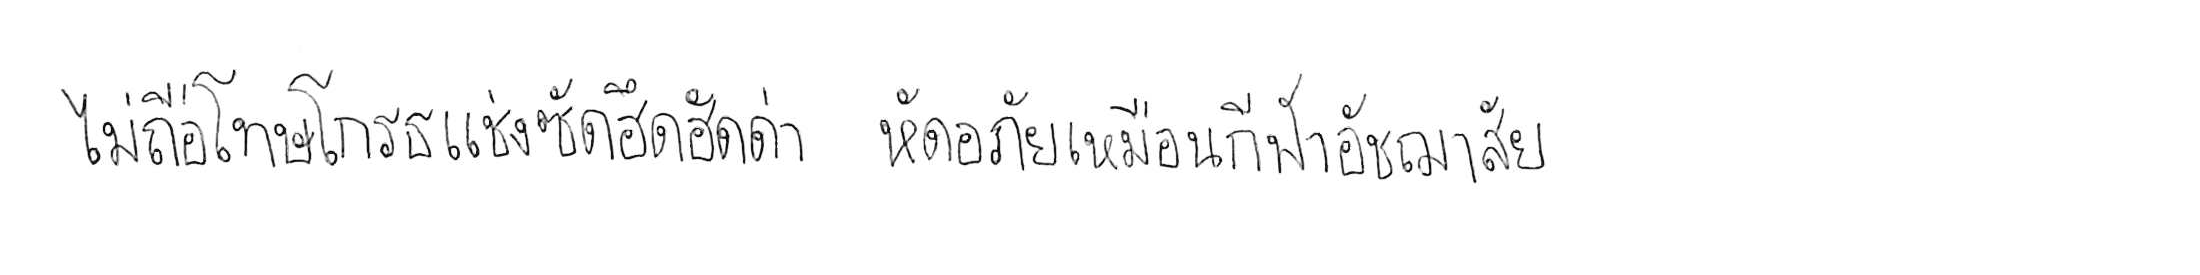
ไม่ถือโทษโกรธแช่งซัดฮึดฮัดด่า หัดอภัยเหมือนกีฬาอัชฌาสัย